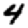
Digit: 4